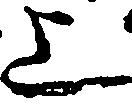
上